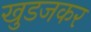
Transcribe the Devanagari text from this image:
खुडजकर